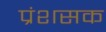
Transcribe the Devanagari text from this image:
प्रंशसक